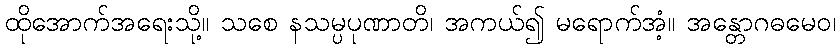
ထိုအောက်အရေးသို့။ သစေ နသမ္ပပုဏာတိ၊ အကယ်၍ မရောက်အံ့။ အန္တောဂဓမေဝ၊